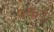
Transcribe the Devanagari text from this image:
०कडे